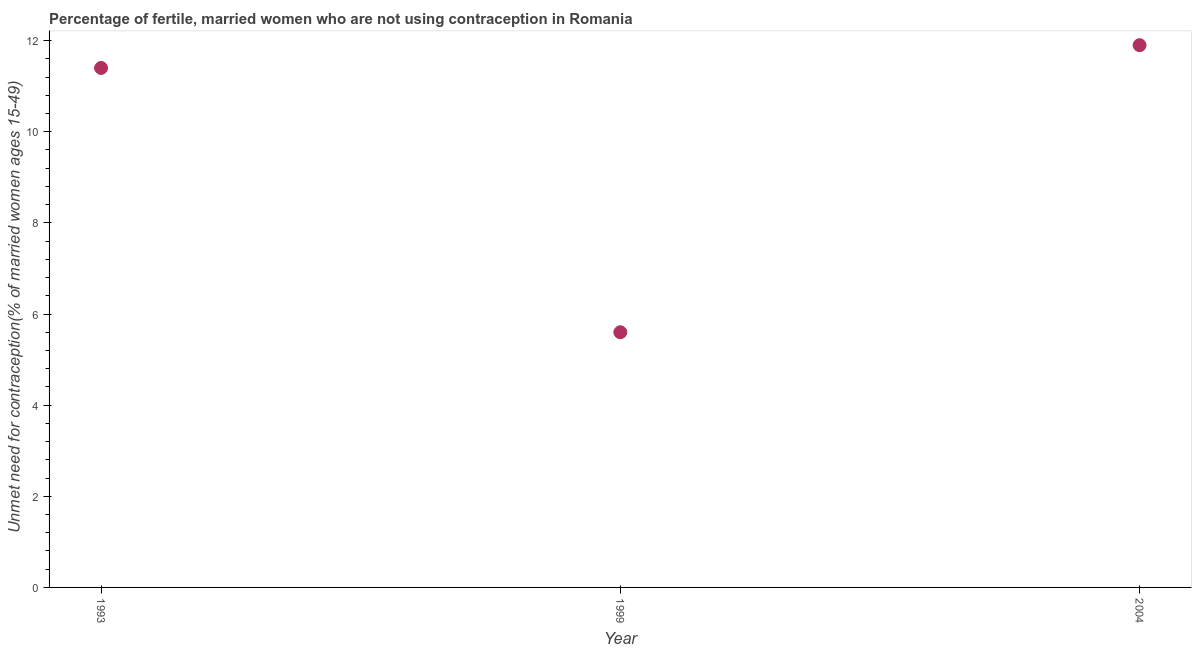
| Year | Unmet need for contraception |
 | --- | --- |
 | 1993 | 11.4 |
 | 1999 | 5.6 |
 | 2004 | 11.9 |